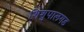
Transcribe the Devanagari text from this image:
शिशुपालगड